Tezpur Lunatic Asylum reports 1877-1894 - 1877-1894
Year: 1877
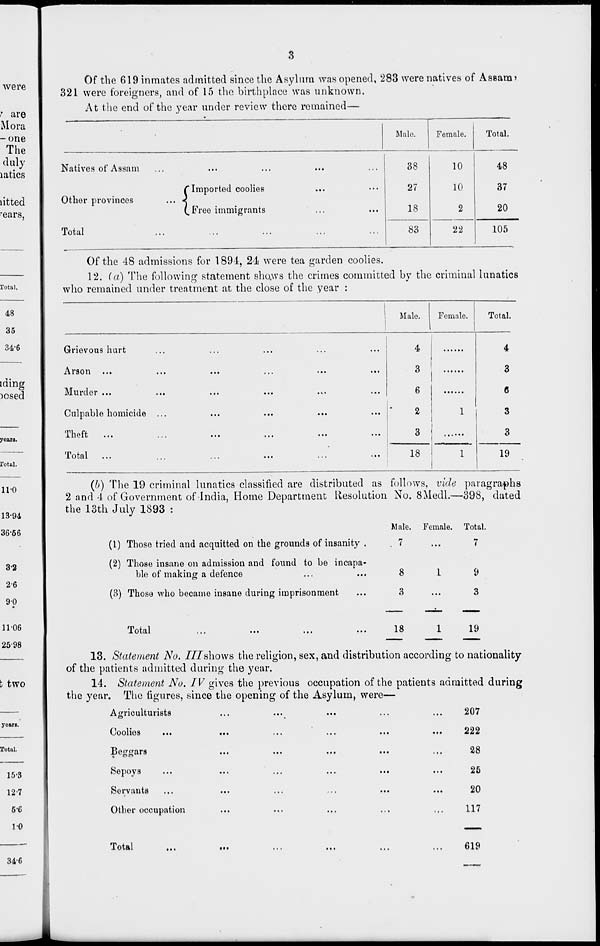
Of the 619 inmates admitted since the Asylum was opened, 283 were natives of Assam>
321 were foreigners, and of 15 the birthplace was unknown.
At the end of the year under review there remained—
•
Male.
Female.
Total.
Natives of Assam
C Imported coolies
Other provinces
... <
(.Free immigrants
38
27
18
10
10
2
48
37
20
Total
83
22
105
Of the 48 admissions for 1894, 24* were tea garden coolies.
12. (a) The following statement sho.ws the crimes committed by the criminal lunatics
who remained under treatment at the close of the year :
Male.
Female.
Total.
Grievous hurt
...
...
...
4
4
Arson
• • •
...
...
...
3
3
Murder ...
...
...
...
6
0
Culpable homicide ...
...
...
...
2
1
3
Theft
...
•.•
I..
...
...
3
3
Total
...
18
1
19
(b) The 19 criminal lunatics classified are distributed as follows, vide paragraphs
2 and 4 of Government of India, Home Department Resolution No. SMedl.—398, dated
the 13th July 1893 :
Male. Female. Total.
(1) Those tried and acquitted on the grounds of insanity .
.7
...
7
(2) Those insane on admission and found to be incapa-
ble of making a defence
...
...
8
(3) Those who became insane during imprisonment
...
3
9
3
Total
18
19
13. Statement No. Illshows the religion, sex, and distribution according to nationality
of the patients admitted during the year.
14. Statement No. IV gives the previous occupation of the patients admitted during
the year. The figures, since the opening of the Asylum, were—
Agriculturists
Coolies
Beggars
Sepoys
Servants
Other occupation
207
222
28
25
20
117
uc
Total
• •»
619